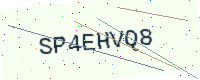
Text: SP4EHVQ8